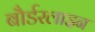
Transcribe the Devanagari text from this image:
बौर्डरलाइन